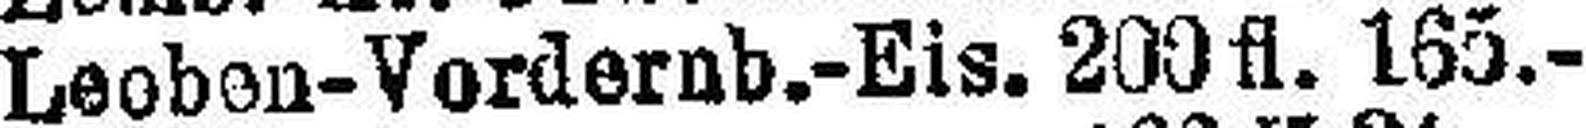
Leoben-Vordernb.-Eis. 200 fl. 165.-